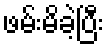
ဖမ်းမိခဲ့ပြီး